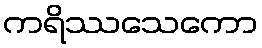
ကရိဿသေကော